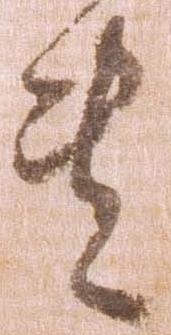
共